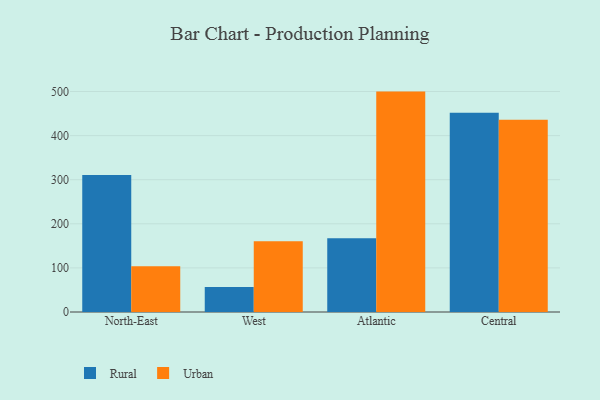
{"axis": {"x": "Region", "y": "Energy Usage (MWh)"}, "legend": ["Rural", "Urban"], "data": [{"x": "North-East", "y": 310.5, "type": "Rural"}, {"x": "North-East", "y": 103.9, "type": "Urban"}, {"x": "West", "y": 56.5, "type": "Rural"}, {"x": "West", "y": 160.3, "type": "Urban"}, {"x": "Atlantic", "y": 167.4, "type": "Rural"}, {"x": "Atlantic", "y": 499.8, "type": "Urban"}, {"x": "Central", "y": 452.1, "type": "Rural"}, {"x": "Central", "y": 435.7, "type": "Urban"}]}